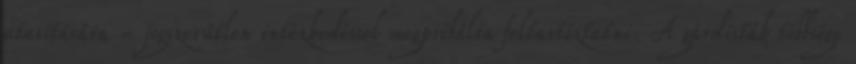
utasítására - jogszerűtlen intézkedéssel megpróbálta feltartóztatni. A gárdisták többsége